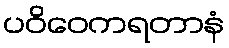
ပဝိဝေကရတာနံ